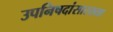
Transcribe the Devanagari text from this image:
उपनिषदांसारख्या